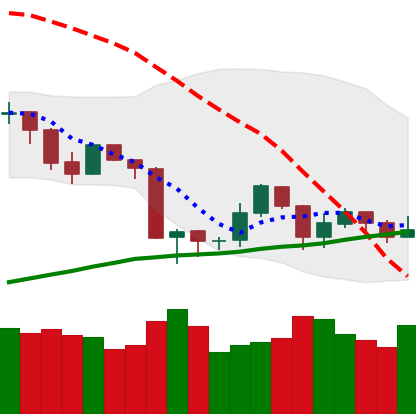
Ticker: ETH-USD
Chart end date: 2019-08-26
Forward return: -8.712%
Label: down_7plus